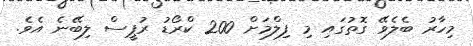
މިހާރު ބެލެވޭ ގޮތުގައި މި ފިލްމަށް 200 ކްރޯޑު ރުޕީސް ލިބޭނެ އެވެ.